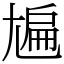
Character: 㞈